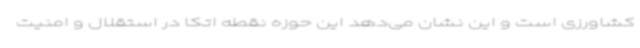
کشاورزی است و این نشان می‌دهد این حوزه نقطه اتکا در استقلال و امنیت